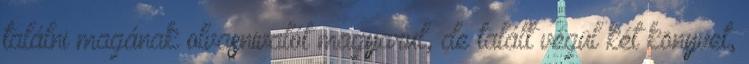
találni magának olvasnivalót magyarul, de talált végül két könyvet,